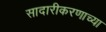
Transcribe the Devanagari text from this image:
सादारीकरणाच्या